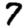
Digit: 7